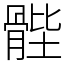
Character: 䯗